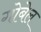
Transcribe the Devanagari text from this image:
गोबेल